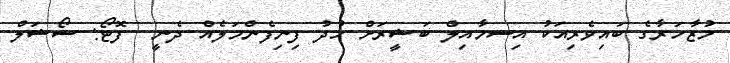
މުޒާހަރާގެ ބައިވެރިއަކު އިސމާއިލް ބަޝީރަށް ހުދު ފިނިފެންމަލެއް ދެނީ  ފޮޓޯ: ސޯޝަލް